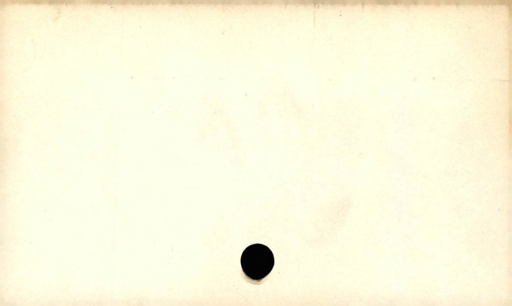
Label: blank